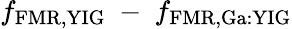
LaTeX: f_{\mathrm{FMR,YIG}}~-~f_{\mathrm{FMR,Ga:YIG}}